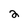
Character: 2